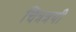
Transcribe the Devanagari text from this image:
चित्रत्रयी